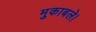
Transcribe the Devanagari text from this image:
मुकाबले।